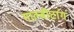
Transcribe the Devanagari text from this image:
गाल्बीटांग